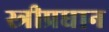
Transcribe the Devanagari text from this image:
स्त्रीप्रधान